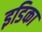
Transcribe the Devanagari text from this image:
इडिका